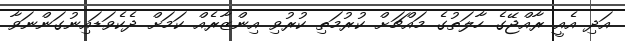
އަދި އެއީ ރާއްޖޭގެ ހާލަތުގެ މައްޗަށް ކުރުމަތި ކުރުވި އިންޒާރެއް ކަމަށް ދެކެވަޑައިނުގަންނަވާ